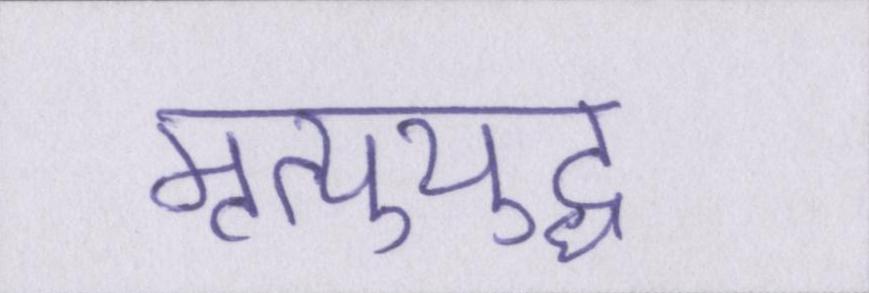
मृत्युयुद्ध